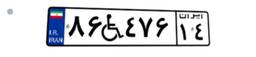
۸۶W۴۷۶۱۴